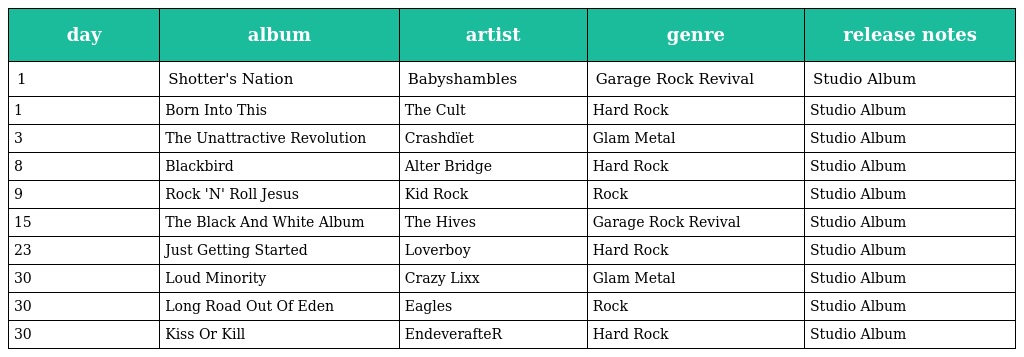
| day | album | artist | genre | release notes |
 | --- | --- | --- | --- | --- |
 | 1 | Shotter's Nation | Babyshambles | Garage Rock Revival | Studio Album |
 | 1 | Born Into This | The Cult | Hard Rock | Studio Album |
 | 3 | The Unattractive Revolution | Crashdïet | Glam Metal | Studio Album |
 | 8 | Blackbird | Alter Bridge | Hard Rock | Studio Album |
 | 9 | Rock 'N' Roll Jesus | Kid Rock | Rock | Studio Album |
 | 15 | The Black And White Album | The Hives | Garage Rock Revival | Studio Album |
 | 23 | Just Getting Started | Loverboy | Hard Rock | Studio Album |
 | 30 | Loud Minority | Crazy Lixx | Glam Metal | Studio Album |
 | 30 | Long Road Out Of Eden | Eagles | Rock | Studio Album |
 | 30 | Kiss Or Kill | EndeverafteR | Hard Rock | Studio Album |